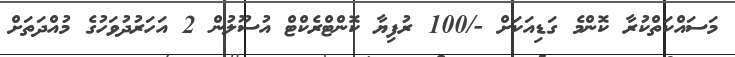
މަސައްކަތްކުރާ ކޮންމެ ގަޑިއަކަށް -/100 ރުފިޔާ ކޮންޓްރެކްޓް އުސޫލުން 2 އަހަރުދުވަހުގެ މުއްދަތަށް